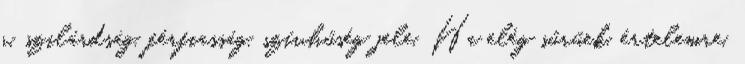
r. szilárdság, férfiasság, szívhűség jele. Ha elég sűrűek, értelemre,